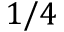
1 / 4